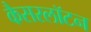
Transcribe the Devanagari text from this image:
कैसरलॉटन